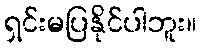
ရှင်းမပြနိုင်ပါဘူး။